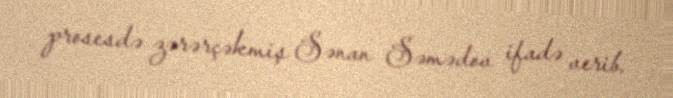
prosesdə zərərçəkmiş Sənan Səmədov ifadə verib.